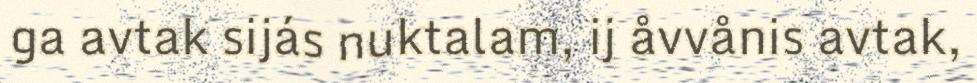
ga avtak sijás nuktalam, ij åvvånis avtak,